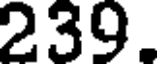
239.